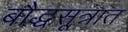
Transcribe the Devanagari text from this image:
बौद्धसूत्रात